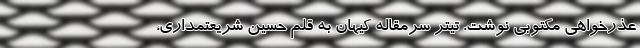
عذرخواهی مکتوبی نوشت. تیتر سرمقاله کیهان به قلم حسین شریعتمداری،